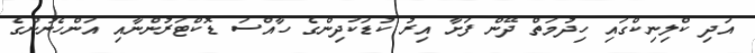
އަދި ކްލިނިކްގައި ހިދުމަތް ދޭން ފަށާ އިރު ކުޑަކުދިންގެ ހާއްސަ ޑޮކްޓަރުންނާއި އަންހެނުންގެ